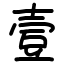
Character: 壹